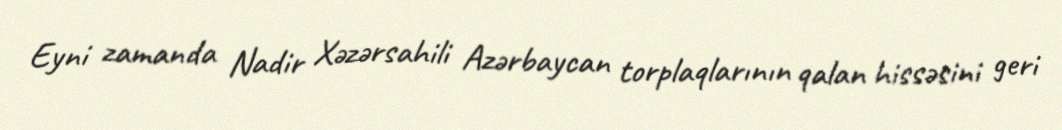
Eyni zamanda Nadir Xəzərsahili Azərbaycan torplaqlarının qalan hissəsini geri